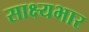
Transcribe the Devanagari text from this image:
साक्ष्यभार